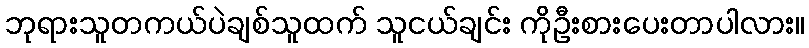
ဘုရားသူတကယ်ပဲချစ်သူထက် သူငယ်ချင်း ကိုဦးစားပေးတာပါလား။